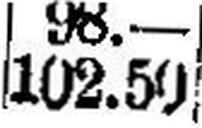
102.50